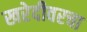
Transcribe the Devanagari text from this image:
खरेदीवरचा